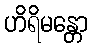
ဟိရိမန္တော